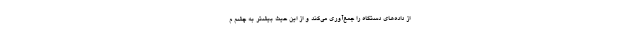
از داده‌های دستگاه را جمع‌آوری می‌کند و از این حیث بیشتر به چشم م